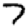
Digit: 7